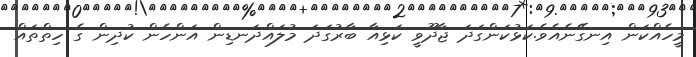
މީހެއްކަން އިނގޭނެއެވެ.ކަޅުކަންގަދަ ޖާދޫވީ ކަޅިއާ ބާރުގަދަ މުލައްދަނޑިން އަންހެން ކުދިން ގެ ހިތްތައް